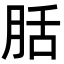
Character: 䏦